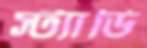
স্ট্যাডি